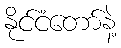
နိုင်ငံတော်နဲ့